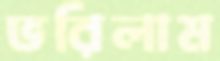
ভরিলাম